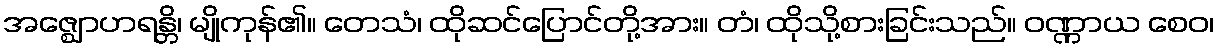
အဇ္ဈောဟရန္တိ၊ မျိုကုန်၏။ တေသံ၊ ထိုဆင်ပြောင်တို့အား။ တံ၊ ထိုသို့စားခြင်းသည်။ ဝဏ္ဏာယ စေဝ၊